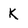
Character: K